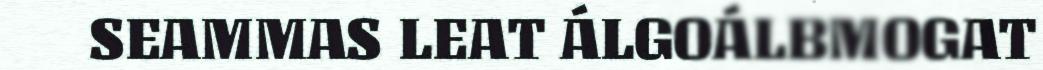
SEAMMAS LEAT ÁLGOÁLBMOGAT